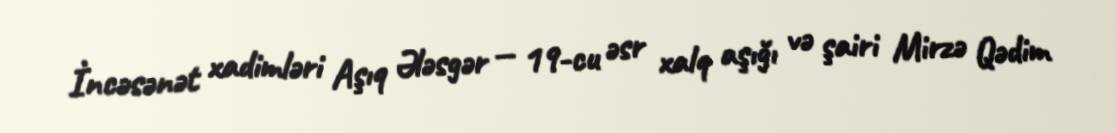
İncəsənət xadimləri Aşıq Ələsgər — 19-cu əsr xalq aşığı və şairi Mirzə Qədim